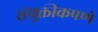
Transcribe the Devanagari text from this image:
संयुक्तीकपणे